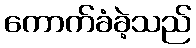
ကောက်ခံခဲ့သည်